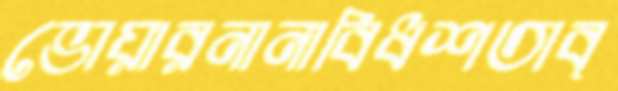
ভোয়ারনানাবিধশতাব্